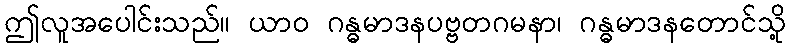
ဤလူအပေါင်းသည်။ ယာဝ ဂန္ဓမာဒနပဗ္ဗတဂမနာ၊ ဂန္ဓမာဒနတောင်သို့